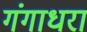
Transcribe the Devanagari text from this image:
गंगाधरा